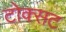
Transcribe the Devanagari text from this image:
टोक्सट